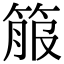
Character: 箙